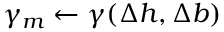
\gamma _ { m } \gets \gamma ( \Delta h , \Delta b )